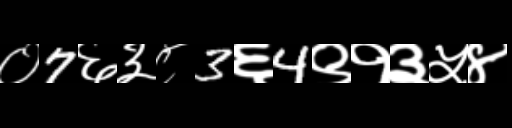
Text: ०7६३८3६4९१३५४